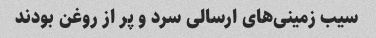
سیب زمینی‌های ارسالی سرد و پر از روغن بودند